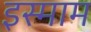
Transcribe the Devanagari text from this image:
इस्माम